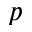
p